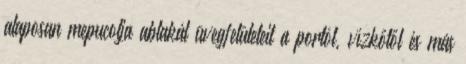
alaposan mepucolja ablakát üvegfelületeit a portól, vízkőtől és más